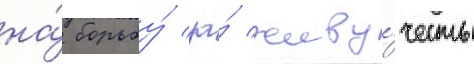
на́ борьбу́ за́ живу́честь